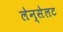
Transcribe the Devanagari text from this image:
लेन्सेलट